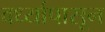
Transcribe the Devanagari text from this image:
वर्ध्यापासून